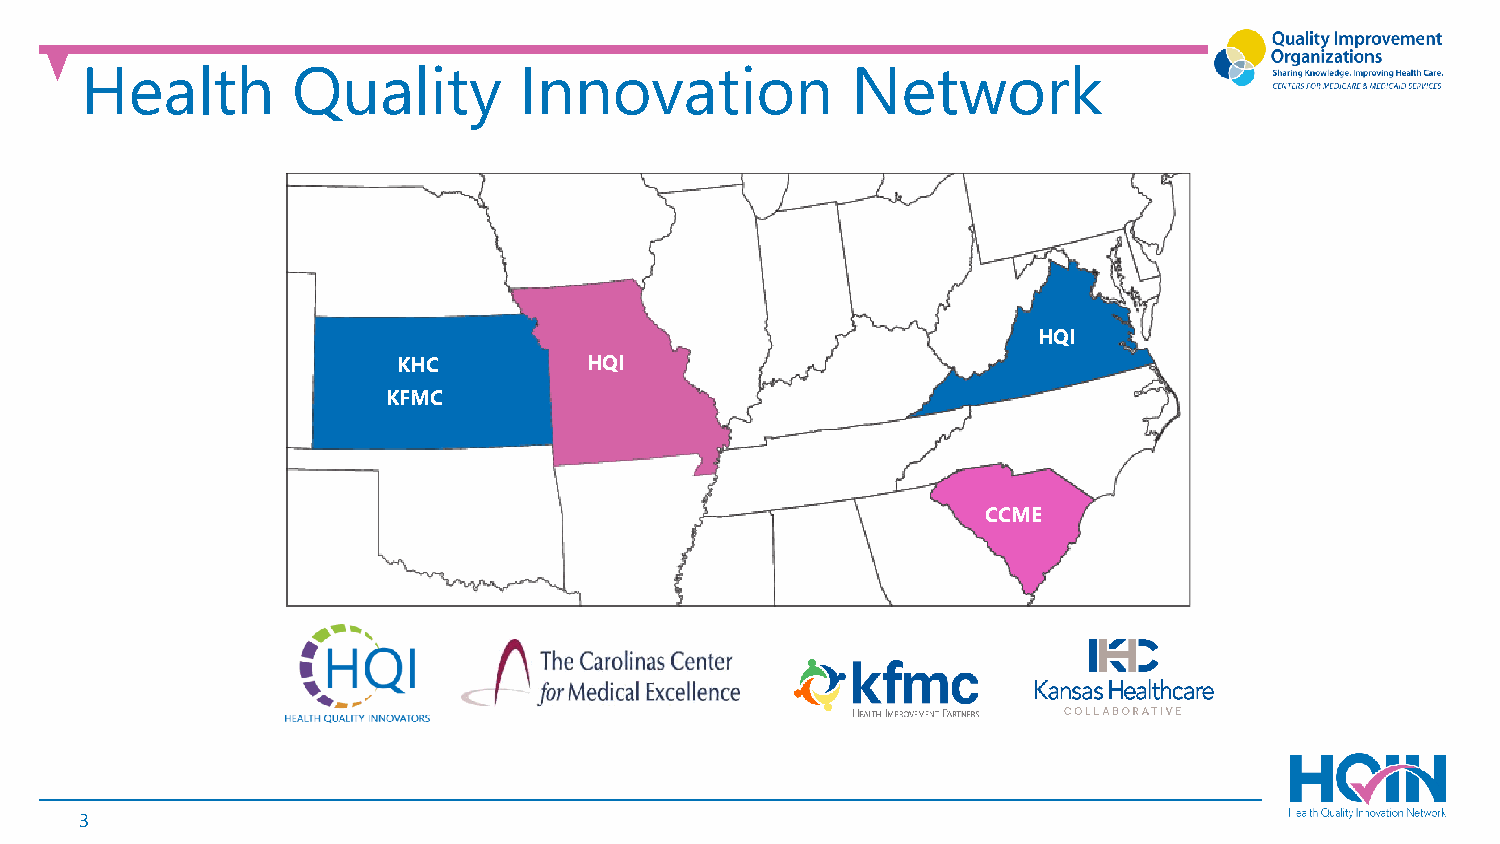
Health        Quality        Innovation            Network
 HQI
 KHC          HQI
 KFMC
 CCME
 3